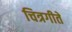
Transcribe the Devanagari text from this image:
चित्रगीते